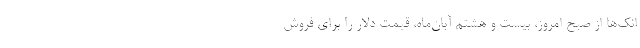
انک‌ها از صبح امروز، بیست و هشتم آبان‌ماه، قیمت دلار را برای فروش